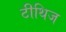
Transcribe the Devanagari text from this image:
टीथिज